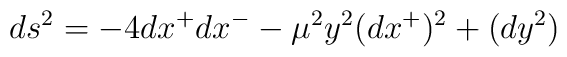
ds^2= -4dx^+ dx^{-} - \mu^2 y^2(dx^+)^2 +  (dy^2)